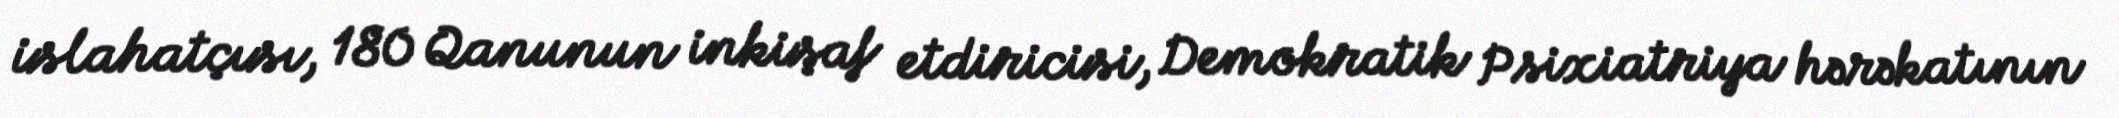
islahatçısı, 180 Qanunun inkişaf etdiricisi, Demokratik Psixiatriya hərəkatının